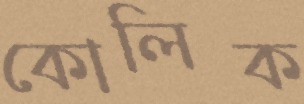
কোলিক